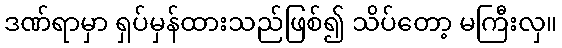
ဒဏ်ရာမှာ ရှပ်မှန်ထားသည်ဖြစ်၍ သိပ်တော့ မကြီးလှ။